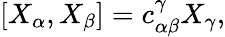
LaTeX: [X_{\alpha},X_{\beta}]=c_{\alpha\beta}^{\gamma}X_{\gamma},